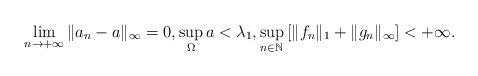
LaTeX: \begin{align*} \lim_{n \to +\infty} \|a_n -a\|_\infty= 0, \sup_\Omega a <\lambda_1, \sup_{n \in \mathbb N} \left[\|f_n\|_1 +\|g_n\|_\infty \right]<+\infty.\end{align*}